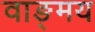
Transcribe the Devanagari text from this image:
वाङ्‍मय